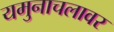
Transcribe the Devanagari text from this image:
यमुनाचलावर